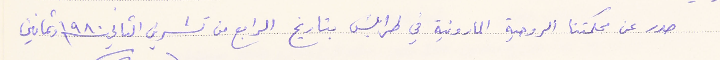
صدر عن محكمتنا الروحية المارونية في طرابلسَ بتاريخ الرابع من تشرين الثاني ١٩٨٠ وثمانين